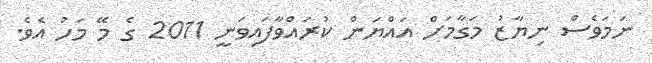
ނަމަވެސް ނިޔާޒު މަގާމަށް އައްޔަން ކުރައްވާފައިވަނީ 2011 ގެ މޭ މަހު އެވެ.